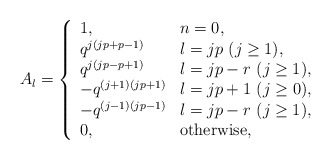
\begin{align*}A_l = \left\{\begin{array}{ll}1, & n=0, \\q^{j(jp+p-1)}& l=jp ~(j \geq 1), \\q^{j(jp-p+1)}& l=jp-r ~(j \geq 1), \\-q^{(j+1)(jp+1)}& l=jp+1 ~(j \geq 0), \\-q^{(j-1)(jp-1)}& l=jp-r ~(j \geq 1), \\0, & \mbox{otherwise},\end{array} \right.\end{align*}